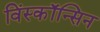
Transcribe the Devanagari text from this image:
विंस्कॉन्सिन